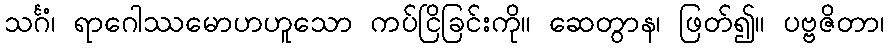
သင်္ဂံ၊ ရာဂေါဿမောဟဟူသော ကပ်ငြိခြင်းကို။ ဆေတွာန၊ ဖြတ်၍။ ပဗ္ဗဇိတာ၊